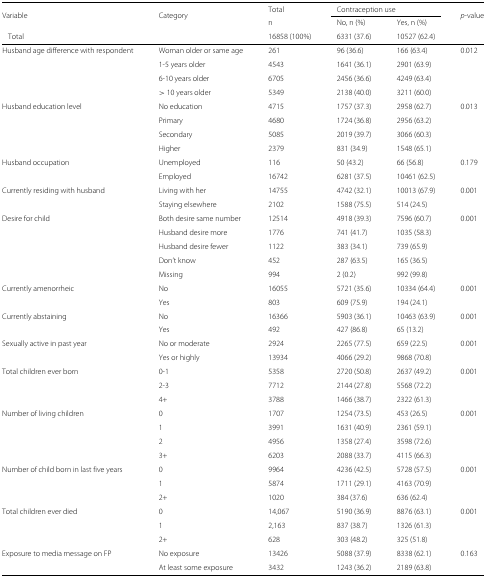
<table><thead><tr><td><b>Variable</b></td><td><b>Category</b></td><td><b>Total</b></td><td colspan="2"><b>Contraception use</b></td><td><b><i>p</i>-value</b></td></tr><tr><td></td><td></td><td><b>n</b></td><td><b>No, n (%)</b></td><td><b>Yes, n (%)</b></td><td></td></tr><tr><td><b>Total</b></td><td></td><td><b>16858 (100%)</b></td><td><b>6331 (37.6)</b></td><td><b>10527 (62.4)</b></td><td></td></tr></thead><tbody><tr><td>Husband age difference with respondent</td><td>Woman older or same age</td><td>261</td><td>96 (36.6)</td><td>166 (63.4)</td><td>0.012</td></tr><tr><td></td><td>1-5 years older</td><td>4543</td><td>1641 (36.1)</td><td>2901 (63.9)</td><td></td></tr><tr><td></td><td>6-10 years older</td><td>6705</td><td>2456 (36.6)</td><td>4249 (63.4)</td><td></td></tr><tr><td></td><td>&gt; 10 years older</td><td>5349</td><td>2138 (40.0)</td><td>3211 (60.0)</td><td></td></tr><tr><td>Husband education level</td><td>No education</td><td>4715</td><td>1757 (37.3)</td><td>2958 (62.7)</td><td>0.013</td></tr><tr><td></td><td>Primary</td><td>4680</td><td>1724 (36.8)</td><td>2956 (63.2)</td><td></td></tr><tr><td></td><td>Secondary</td><td>5085</td><td>2019 (39.7)</td><td>3066 (60.3)</td><td></td></tr><tr><td></td><td>Higher</td><td>2379</td><td>831 (34.9)</td><td>1548 (65.1)</td><td></td></tr><tr><td>Husband occupation</td><td>Unemployed</td><td>116</td><td>50 (43.2)</td><td>66 (56.8)</td><td>0.179</td></tr><tr><td></td><td>Employed</td><td>16742</td><td>6281 (37.5)</td><td>10461 (62.5)</td><td></td></tr><tr><td>Currently residing with husband</td><td>Living with her</td><td>14755</td><td>4742 (32.1)</td><td>10013 (67.9)</td><td>0.001</td></tr><tr><td></td><td>Staying elsewhere</td><td>2102</td><td>1588 (75.5)</td><td>514 (24.5)</td><td></td></tr><tr><td>Desire for child</td><td>Both desire same number</td><td>12514</td><td>4918 (39.3)</td><td>7596 (60.7)</td><td>0.001</td></tr><tr><td></td><td>Husband desire more</td><td>1776</td><td>741 (41.7)</td><td>1035 (58.3)</td><td></td></tr><tr><td></td><td>Husband desire fewer</td><td>1122</td><td>383 (34.1)</td><td>739 (65.9)</td><td></td></tr><tr><td></td><td>Don’t know</td><td>452</td><td>287 (63.5)</td><td>165 (36.5)</td><td></td></tr><tr><td></td><td>Missing</td><td>994</td><td>2 (0.2)</td><td>992 (99.8)</td><td></td></tr><tr><td>Currently amenorrheic</td><td>No</td><td>16055</td><td>5721 (35.6)</td><td>10334 (64.4)</td><td>0.001</td></tr><tr><td></td><td>Yes</td><td>803</td><td>609 (75.9)</td><td>194 (24.1)</td><td></td></tr><tr><td>Currently abstaining</td><td>No</td><td>16366</td><td>5903 (36.1)</td><td>10463 (63.9)</td><td>0.001</td></tr><tr><td></td><td>Yes</td><td>492</td><td>427 (86.8)</td><td>65 (13.2)</td><td></td></tr><tr><td>Sexually active in past year</td><td>No or moderate</td><td>2924</td><td>2265 (77.5)</td><td>659 (22.5)</td><td>0.001</td></tr><tr><td></td><td>Yes or highly</td><td>13934</td><td>4066 (29.2)</td><td>9868 (70.8)</td><td></td></tr><tr><td>Total children ever born</td><td>0-1</td><td>5358</td><td>2720 (50.8)</td><td>2637 (49.2)</td><td>0.001</td></tr><tr><td></td><td>2-3</td><td>7712</td><td>2144 (27.8)</td><td>5568 (72.2)</td><td></td></tr><tr><td></td><td>4+</td><td>3788</td><td>1466 (38.7)</td><td>2322 (61.3)</td><td></td></tr><tr><td>Number of living children</td><td>0</td><td>1707</td><td>1254 (73.5)</td><td>453 (26.5)</td><td>0.001</td></tr><tr><td></td><td>1</td><td>3991</td><td>1631 (40.9)</td><td>2361 (59.1)</td><td></td></tr><tr><td></td><td>2</td><td>4956</td><td>1358 (27.4)</td><td>3598 (72.6)</td><td></td></tr><tr><td></td><td>3+</td><td>6203</td><td>2088 (33.7)</td><td>4115 (66.3)</td><td></td></tr><tr><td>Number of child born in last five years</td><td>0</td><td>9964</td><td>4236 (42.5)</td><td>5728 (57.5)</td><td>0.001</td></tr><tr><td></td><td>1</td><td>5874</td><td>1711 (29.1)</td><td>4163 (70.9)</td><td></td></tr><tr><td></td><td>2+</td><td>1020</td><td>384 (37.6)</td><td>636 (62.4)</td><td></td></tr><tr><td>Total children ever died</td><td>0</td><td>14,067</td><td>5190 (36.9)</td><td>8876 (63.1)</td><td>0.001</td></tr><tr><td></td><td>1</td><td>2,163</td><td>837 (38.7)</td><td>1326 (61.3)</td><td></td></tr><tr><td></td><td>2+</td><td>628</td><td>303 (48.2)</td><td>325 (51.8)</td><td></td></tr><tr><td>Exposure to media message on FP</td><td>No exposure</td><td>13426</td><td>5088 (37.9)</td><td>8338 (62.1)</td><td>0.163</td></tr><tr><td></td><td>At least some exposure</td><td>3432</td><td>1243 (36.2)</td><td>2189 (63.8)</td><td></td></tr></tbody></table>